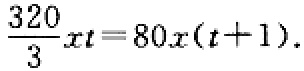
\(\frac{320}{3}xt = 80x(t + 1)\)